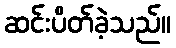
ဆင်းပိတ်ခဲ့သည်။